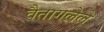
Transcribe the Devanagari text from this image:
वैतागलेले